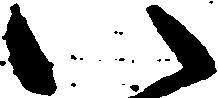
い